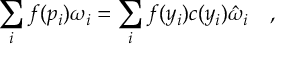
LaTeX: \sum _ { i } f ( p _ { i } ) \omega _ { i } = \sum _ { i } f ( y _ { i } ) c ( y _ { i } ) \hat { \omega } _ { i } ~ ~ ~ ,